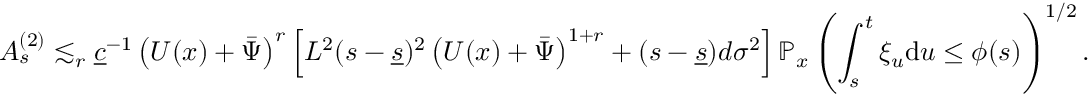
A _ { s } ^ { ( 2 ) } \lesssim _ { r } \underline { { c } } ^ { - 1 } \left( U ( x ) + \bar { \Psi } \right) ^ { r } \left[ L ^ { 2 } ( s - \underline { { s } } ) ^ { 2 } \left( U ( x ) + \bar { \Psi } \right) ^ { 1 + r } + ( s - \underline { { s } } ) d \sigma ^ { 2 } \right] \mathbb { P } _ { x } \left( \int _ { s } ^ { t } \xi _ { u } \mathrm { d } u \le \phi ( s ) \right) ^ { 1 / 2 } .